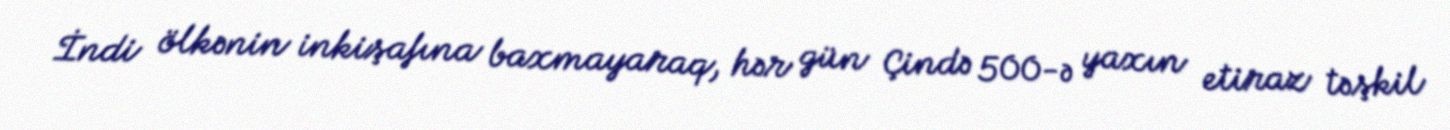
İndi ölkənin inkişafına baxmayaraq, hər gün Çində 500-ə yaxın etiraz təşkil